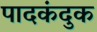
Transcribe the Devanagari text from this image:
पादकंदुक